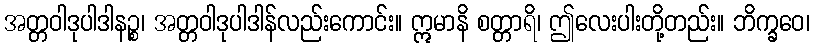
အတ္တဝါဒုပါဒါနဉ္စ၊ အတ္တဝါဒုပါဒါန်လည်းကောင်း။ ဣမာနိ စတ္တာရိ၊ ဤလေးပါးတို့တည်း။ ဘိက္ခဝေ၊